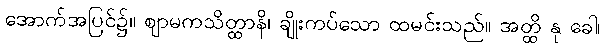
အောက်အပြင်၌။ ဈာမကသိတ္ထာနိ၊ ချိုးကပ်သော ထမင်းသည်။ အတ္ထိ နု ခေါ၊